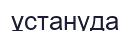
ұстануда